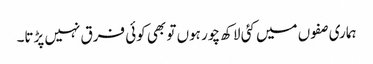
ہماری صفوں میں کئی لاکھ چور ہوں تو بھی کوئی فرق نہیں پڑتا۔